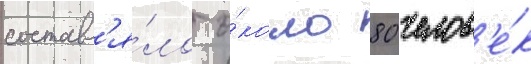
составл'я́ло о́коло 80 челов'е́к